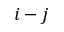
i - j